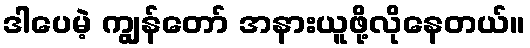
ဒါပေမဲ့ ကျွန်တော် အနားယူဖို့လိုနေတယ်။